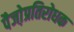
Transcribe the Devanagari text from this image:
पैजो़प्रतिरोधक